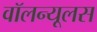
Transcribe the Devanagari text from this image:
वॉलन्यूलस